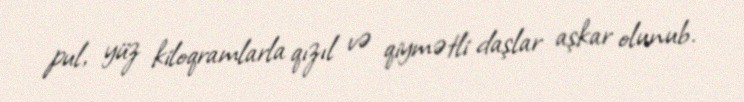
pul, yüz kiloqramlarla qızıl və qiymətli daşlar aşkar olunub.